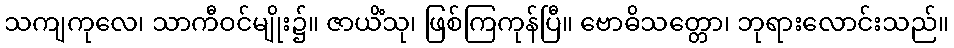
သကျကုလေ၊ သာကီဝင်မျိုး၌။ ဇာယိံသု၊ ဖြစ်ကြကုန်ပြီ။ ဗောဓိသတ္တော၊ ဘုရားလောင်းသည်။